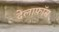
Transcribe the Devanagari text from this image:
देलाफॉस